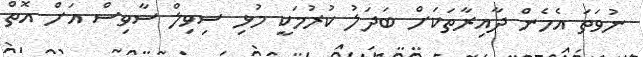
ނުވަތަ އެހެން ދާއިރާތަކަށް ބަދަލު ކުރުމަކީ މުޅި ސިވިލް ސާވިސް އަށް އޮތް